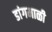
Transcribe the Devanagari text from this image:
डांगमाळी